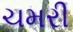
ચમરી